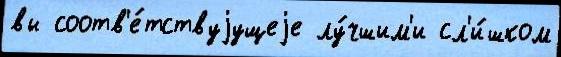
вы соотв'е́тствуjущеjе лу́чшим'и сл'и́шком